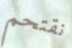
نقتحم